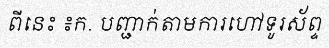
ពីនេះ ៖ក. បញ្ជាក់តាមការហៅទូរស័ព្ទ